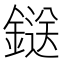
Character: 鎹